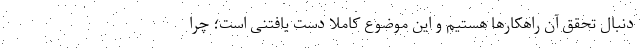
دنبال تحقق آن راهکارها هستیم و این موضوع کاملا دست یافتنی است؛ چرا